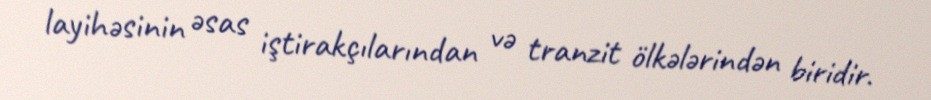
layihəsinin əsas iştirakçılarından və tranzit ölkələrindən biridir.